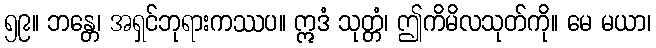
၅၉။ ဘန္တေ၊ အရှင်ဘုရားကဿပ။ ဣဒံ သုတ္တံ၊ ဤကိမိလသုတ်ကို။ မေ မယာ၊